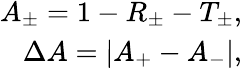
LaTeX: \begin{array}{r}{A_{\pm}=1-R_{\pm}-T_{\pm},}\\ {\Delta A=\left|A_{+}-A_{-}\right|,}\end{array}